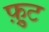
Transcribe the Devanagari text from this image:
फ़्रुट